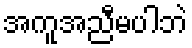
အကူအညီမပါဘဲ